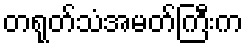
တရုတ်သံအမတ်ကြီးက